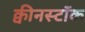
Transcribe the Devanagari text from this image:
क्वीनस्टॉक